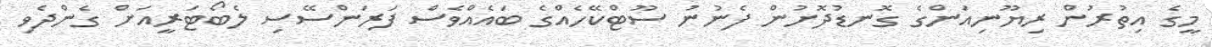
މީގެ އިތުރުން ރިޔޫނިއަންގެ ގޮނޑުދޮށުން ފެނުނު ސޫޓްކޭހެއްގެ ބައެއްވެސް ފަރަންސޭސި ލެބޯޓަރީއަށް ގެންދެވި